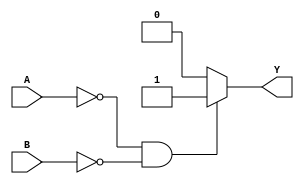
module NOR_GATE (output reg Y, input A, B);   //declaring the module
always @ (A or B) begin                       // (A, B) is the sensitivity list or the trigger list.
    if (A == 1'b0 & B == 1'b0) begin          // states that if both A and B are 0, then Y has to be 1.
        Y = 1'b1;
    end
    else 
        Y = 1'b0; 
end
endmodule                                      //used to terminate the module